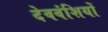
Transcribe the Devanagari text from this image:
देववंशियों